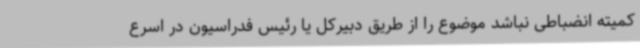
کمیته انضباطی نباشد موضوع را از طریق دبیرکل یا رئیس فدراسیون در اسرع